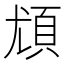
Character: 𩑣